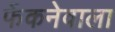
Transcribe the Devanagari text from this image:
फेंकनेवाला